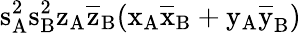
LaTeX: \mathrm{s_{A}^{2}\mathrm{s_{B}^{2}\mathrm{z_{A}\mathrm{\overline{{z}}_{B}(\mathrm{x_{A}\mathrm{\overline{{x}}_{B}+\mathrm{y_{A}\mathrm{\overline{{y}}_{B})}}}}}}}}